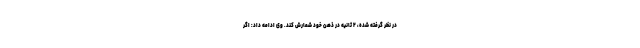
در نظر گرفته شده، ۲ ثانیه در ذهن خود شمارش کند. وی ادامه داد: اگر